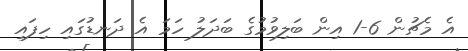
އެ މެޗުން 6-1 އިން ބަލިވުމުގެ ބަދަލު ހަމަ އެ ދަނޑުގައި ހިފައި